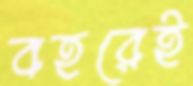
বহরেই